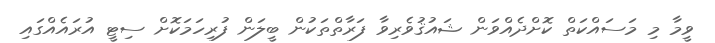
ވީމާ މި މަސައްކަތް ކޮށްދެއްވަން ޝައުޤުވެރިވާ ފަރާތްތަކުން ބީލަން ފުރިހަމަކޮށް ސިޓީ އުރައެއްގައި